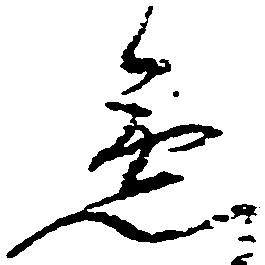
急